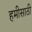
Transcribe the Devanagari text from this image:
हमीसाठी